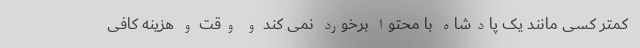
کمتر کسی مانند یک پادشاه با محتوا برخورد نمی کند و وقت و هزینه کافی